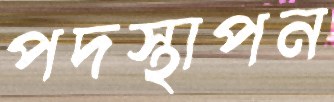
পদস্থাপন